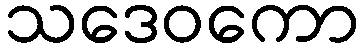
သဒေဝကော